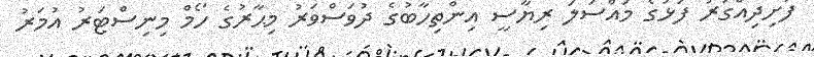
ފުށިދިއްގަރު ފަޅުގެ މައްސަލަ ރިޔާސީ އިންތިހާބުގެ ދުވަސްވަރު މިޙާރުގެ ހޯމް މިނިސްޓަރު އުމަރު